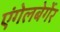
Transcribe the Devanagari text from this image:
एंगेलबेर्गेर